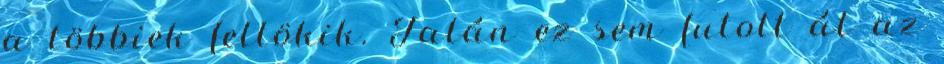
a többiek fellökik. Talán ez sem futott át az